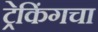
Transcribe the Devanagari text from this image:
ट्रेकिंगचा